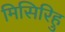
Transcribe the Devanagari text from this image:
मिसिरिहु